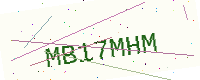
Text: MB17MHM